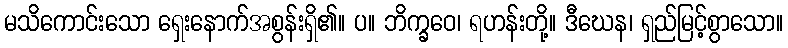
မသိကောင်းသော ရှေးနောက်အစွန်းရှိ၏။ ပ။ ဘိက္ခဝေ၊ ရဟန်းတို့။ ဒီဃေန၊ ရှည်မြင့်စွာသော။